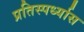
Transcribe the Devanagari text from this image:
प्रतिस्पर्ध्यास